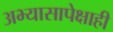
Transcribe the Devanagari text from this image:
अभ्यासापेक्षाही